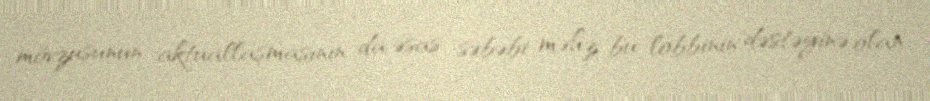
mövzusunun aktuallaşmasının da əsas səbəbi məhz bu lobbinin dəstəyinə olan